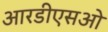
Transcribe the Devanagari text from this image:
आरडीएसओ